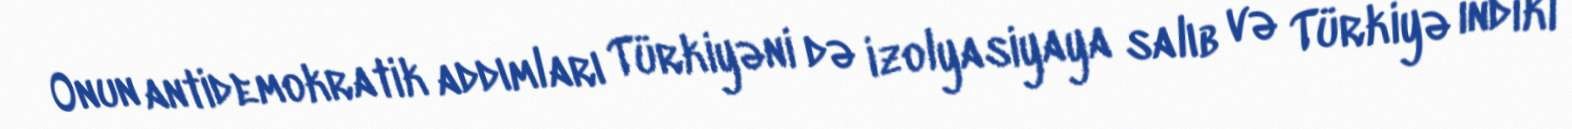
Onun antidemokratik addımları Türkiyəni də izolyasiyaya salıb və Türkiyə indiki